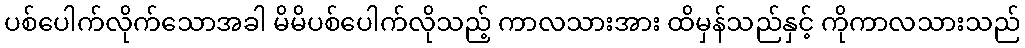
ပစ်ပေါက်လိုက်သောအခါ မိမိပစ်ပေါက်လိုသည့် ကာလသားအား ထိမှန်သည်နှင့် ကိုကာလသားသည်